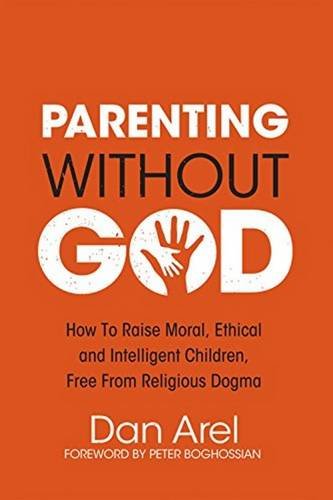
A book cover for Parenting Without God: How to Raise Moral, Ethical and Intelligent Children, Free from Religious Dogma; Dan Arel; Religion & Spirituality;